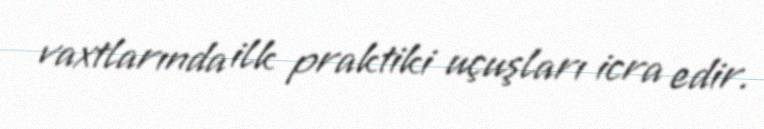
vaxtlarında ilk praktiki uçuşları icra edir.